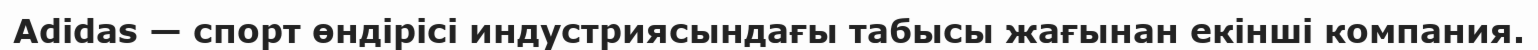
Adidas — спорт өндірісі индустриясындағы табысы жағынан екінші компания.